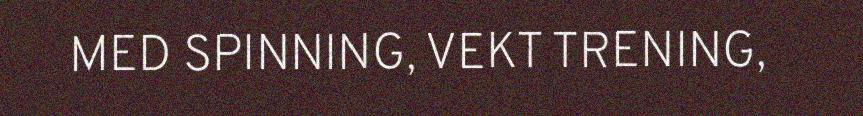
MED SPINNING, VEKT TRENING,